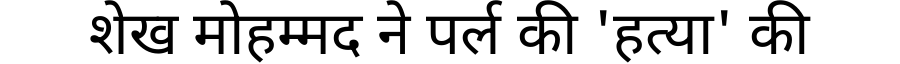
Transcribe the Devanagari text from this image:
शेख मोहम्मद ने पर्ल की 'हत्या' की